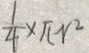
\frac { 1 } { 4 } \times \pi r ^ { 2 }